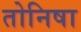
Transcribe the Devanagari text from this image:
तोनिषा